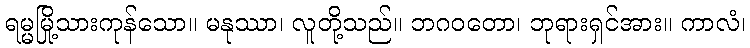
ရမ္မမြို့သားကုန်သော။ မနုဿာ၊ လူတို့သည်။ ဘဂဝတော၊ ဘုရားရှင်အား။ ကာလံ၊